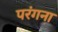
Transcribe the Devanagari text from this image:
परंगना